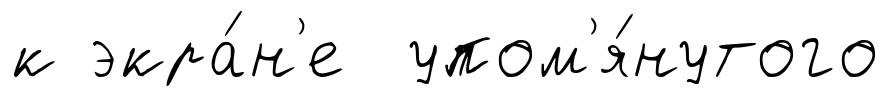
к экра́н'е упом'я́нутого